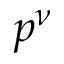
p ^ { \nu }